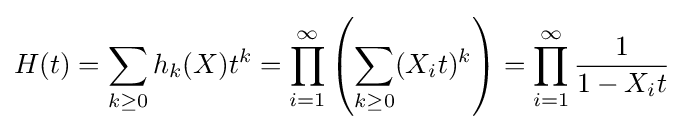
H(t)=\sum _{k\geq 0}h_{k}(X)t^{k}=\prod _{i=1}^{\infty }\left(\sum _{k\geq 0}(X_{i}t)^{k}\right)=\prod _{i=1}^{\infty }{\frac {1}{1-X_{i}t}}